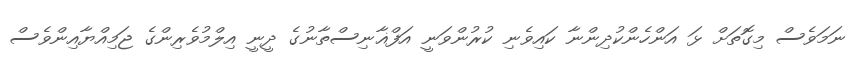
ނަމަވެސް މިގޮތަށް ޅަ އަންހެންކުދިންނާ ކައިވެނި ކުރުންވަނީ އަފްޣާނިސްތާނުގެ ދީނީ އިލްމުވެރިންގެ ޖަމިއްޔާއިންވެސް